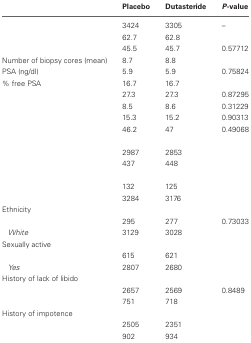
<table><thead><tr><td>[EMPTY_CELL]</td><td><b>Placebo</b></td><td><b>Dutasteride</b></td><td><b><i>P</i>-value</b></td></tr></thead><tbody><tr><td>[EMPTY_CELL]</td><td>3424</td><td>3305</td><td>–</td></tr><tr><td>[EMPTY_CELL]</td><td>62.7</td><td>62.8</td><td>[EMPTY_CELL]</td></tr><tr><td>[EMPTY_CELL]</td><td>45.5</td><td>45.7</td><td>0.57712</td></tr><tr><td>Number of biopsy cores (mean)</td><td>8.7</td><td>8.8</td><td>[EMPTY_CELL]</td></tr><tr><td>PSA (ng/dl)</td><td>5.9</td><td>5.9</td><td>0.75824</td></tr><tr><td>% free PSA</td><td>16.7</td><td>16.7</td><td>[EMPTY_CELL]</td></tr><tr><td>[EMPTY_CELL]</td><td>27.3</td><td>27.3</td><td>0.87295</td></tr><tr><td>[EMPTY_CELL]</td><td>8.5</td><td>8.6</td><td>0.31229</td></tr><tr><td>[EMPTY_CELL]</td><td>15.3</td><td>15.2</td><td>0.90313</td></tr><tr><td>[EMPTY_CELL]</td><td>46.2</td><td>47</td><td>0.49068</td></tr><tr><td colspan="4">[EMPTY_CELL]</td></tr><tr><td>[EMPTY_CELL]</td><td>2987</td><td>2853</td><td>[EMPTY_CELL]</td></tr><tr><td>[EMPTY_CELL]</td><td>437</td><td>448</td><td>[EMPTY_CELL]</td></tr><tr><td colspan="4">[EMPTY_CELL]</td></tr><tr><td>[EMPTY_CELL]</td><td>132</td><td>125</td><td>[EMPTY_CELL]</td></tr><tr><td>[EMPTY_CELL]</td><td>3284</td><td>3176</td><td>[EMPTY_CELL]</td></tr><tr><td colspan="4">Ethnicity</td></tr><tr><td>[EMPTY_CELL]</td><td>295</td><td>277</td><td>0.73033</td></tr><tr><td><i>White</i></td><td>3129</td><td>3028</td><td>[EMPTY_CELL]</td></tr><tr><td colspan="4">Sexually active</td></tr><tr><td>[EMPTY_CELL]</td><td>615</td><td>621</td><td>[EMPTY_CELL]</td></tr><tr><td><i>Yes</i></td><td>2807</td><td>2680</td><td>[EMPTY_CELL]</td></tr><tr><td colspan="4">History of lack of libido</td></tr><tr><td>[EMPTY_CELL]</td><td>2657</td><td>2569</td><td>0.8489</td></tr><tr><td>[EMPTY_CELL]</td><td>751</td><td>718</td><td>[EMPTY_CELL]</td></tr><tr><td colspan="4">History of impotence</td></tr><tr><td>[EMPTY_CELL]</td><td>2505</td><td>2351</td><td>[EMPTY_CELL]</td></tr><tr><td>[EMPTY_CELL]</td><td>902</td><td>934</td><td>[EMPTY_CELL]</td></tr></tbody></table>